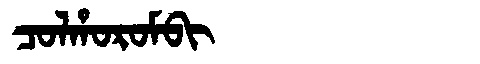
Manchu: ᠴᠣᠯᡥᠣᡵᠣᠮᠪᡳ
Romanization: COLHOROMBI